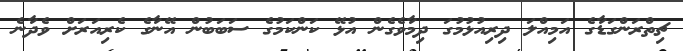
ޗިތްރަންގަޑާގެ އަމިއްލަ ދިރިއުޅުމުގަ ދިމާވެގެން އުޅޭ ކަންކަމުގެ ސަބަބުން އޭނާގެ ކެރިއަރަށް ވެދާނެ